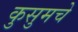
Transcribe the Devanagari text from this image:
कुसुमचे